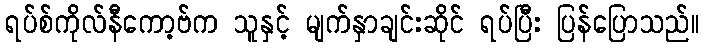
ရပ်စ်ကိုလ်နီကော့ဗ်က သူနှင့် မျက်နှာချင်းဆိုင် ရပ်ပြီး ပြန်ပြောသည်။